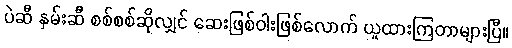
ပဲဆီ နှမ်းဆီ စစ်စစ်ဆိုလျှင် ဆေးဖြစ်ဝါးဖြစ်လောက် ယူထားကြတာများပြီ။